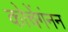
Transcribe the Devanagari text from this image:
कोचेंगंनन